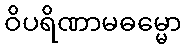
ဝိပရိဏာမဓမ္မော